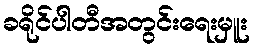
ခရိုင်ပါတီအတွင်းရေးမှူး